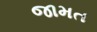
જામત